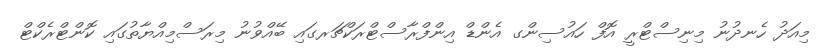
މިއަދު ހެނދުނު މިނިސްޓްރީ އޮފް ހައުސިންގ އެންޑް އިންފްރާސްޓްރަކްޗަރގައި ބޭއްވުނު މިރަސްމިއްޔާތުގައި ކޮންޓްރެކްޓް